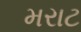
મરાટ